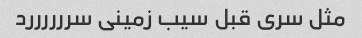
مثل سری قبل سیب زمینی سررررررد